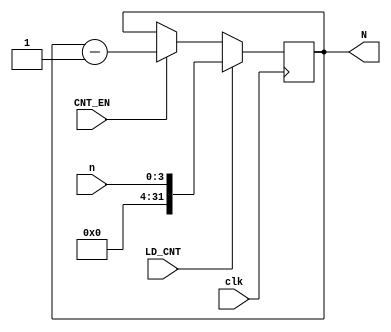
//CNT


module CNT(
	input clk, CNT_EN, LD_CNT,
	input [3:0] n,
	output reg [31:0] N
	);

always@(posedge clk)begin
	if(LD_CNT)
	begin
		N<= n;
	end 
	else 
	begin
		if(CNT_EN)
		begin
			N<= N -1;
			// N= N-1;
		end 
		if(!CNT_EN) 
		begin
			N<= N;
		end
	end
end

endmodule